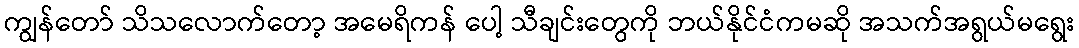
ကျွန်တော် သိသလောက်တော့ အမေရိကန် ပေါ့ သီချင်းတွေကို ဘယ်နိုင်ငံကမဆို အသက်အရွယ်မရွေး